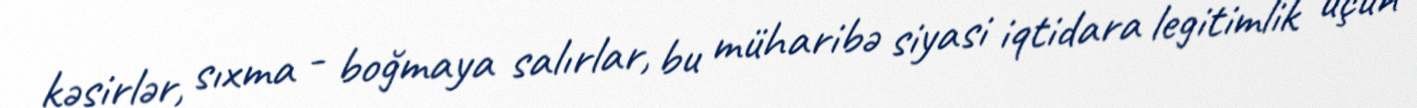
kəsirlər, sıxma - boğmaya salırlar, bu müharibə siyasi iqtidara legitimlik üçün